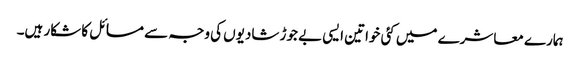
ہمارے معاشرے میں کئی خواتین ایسی بے جوڑ شادیوں کی وجہ سے مسائل کا شکار ہیں۔